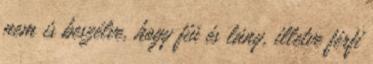
nem is beszélve, hogy fiú és lány, illetve férfi